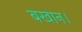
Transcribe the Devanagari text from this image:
बखान।